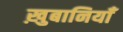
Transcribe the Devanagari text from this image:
ख़ुबानियाँ